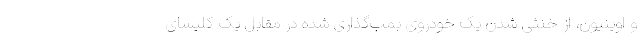
و اوینیون، از خنثی شدن یک خودروی بمب‌گذاری شده در مقابل یک کلیسای